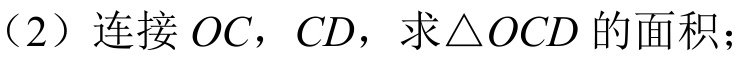
（2）连接 \(OC\)，\(CD\)，求\(\triangle OCD\)的面积；